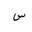
Letter: _sin